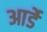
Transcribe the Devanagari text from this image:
आर्डे